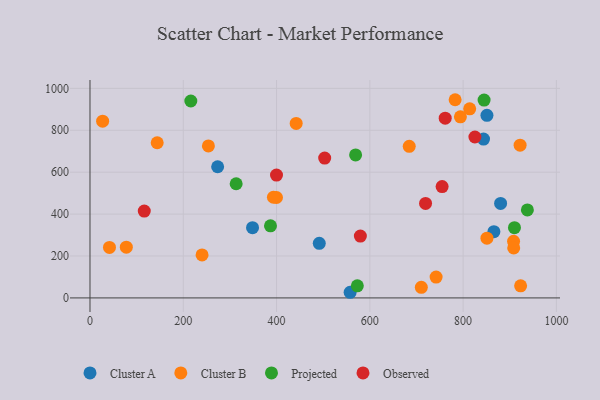
{"axis": {"x": "Speed", "y": "Demand"}, "legend": ["Cluster A", "Cluster B", "Observed", "Projected"], "data": [{"x": "557.8", "y": 26.9, "type": "Cluster A"}, {"x": "491.6", "y": 260.7, "type": "Cluster A"}, {"x": "843.8", "y": 757.8, "type": "Cluster A"}, {"x": "866.0", "y": 316.3, "type": "Cluster A"}, {"x": "273.7", "y": 626.0, "type": "Cluster A"}, {"x": "348.5", "y": 335.2, "type": "Cluster A"}, {"x": "851.1", "y": 871.4, "type": "Cluster A"}, {"x": "880.4", "y": 450.9, "type": "Cluster A"}, {"x": "908.2", "y": 270.4, "type": "Cluster B"}, {"x": "399.9", "y": 479.2, "type": "Cluster B"}, {"x": "240.3", "y": 205.3, "type": "Cluster B"}, {"x": "851.1", "y": 285.1, "type": "Cluster B"}, {"x": "253.9", "y": 725.1, "type": "Cluster B"}, {"x": "742.1", "y": 99.4, "type": "Cluster B"}, {"x": "923.3", "y": 57.7, "type": "Cluster B"}, {"x": "41.8", "y": 240.7, "type": "Cluster B"}, {"x": "908.5", "y": 238.5, "type": "Cluster B"}, {"x": "922.2", "y": 729.1, "type": "Cluster B"}, {"x": "684.5", "y": 723.2, "type": "Cluster B"}, {"x": "77.9", "y": 241.9, "type": "Cluster B"}, {"x": "393.3", "y": 480.3, "type": "Cluster B"}, {"x": "710.4", "y": 50.6, "type": "Cluster B"}, {"x": "782.9", "y": 945.8, "type": "Cluster B"}, {"x": "442.1", "y": 832.9, "type": "Cluster B"}, {"x": "814.1", "y": 902.6, "type": "Cluster B"}, {"x": "27.1", "y": 843.4, "type": "Cluster B"}, {"x": "794.2", "y": 864.1, "type": "Cluster B"}, {"x": "144.1", "y": 740.5, "type": "Cluster B"}, {"x": "937.8", "y": 420.0, "type": "Projected"}, {"x": "313.4", "y": 544.8, "type": "Projected"}, {"x": "387.0", "y": 343.9, "type": "Projected"}, {"x": "216.2", "y": 939.8, "type": "Projected"}, {"x": "910.1", "y": 335.3, "type": "Projected"}, {"x": "569.5", "y": 682.5, "type": "Projected"}, {"x": "573.2", "y": 57.6, "type": "Projected"}, {"x": "845.0", "y": 944.1, "type": "Projected"}, {"x": "503.2", "y": 667.4, "type": "Observed"}, {"x": "399.9", "y": 586.4, "type": "Observed"}, {"x": "755.0", "y": 531.4, "type": "Observed"}, {"x": "116.4", "y": 414.6, "type": "Observed"}, {"x": "719.5", "y": 450.8, "type": "Observed"}, {"x": "761.6", "y": 857.9, "type": "Observed"}, {"x": "825.3", "y": 768.0, "type": "Observed"}, {"x": "579.7", "y": 294.9, "type": "Observed"}]}